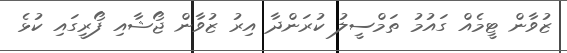
ޒުވާން ޓީމެއް ގައުމު ތަމްސީލު ކުރަންދާ އިރު ޒުވާން ޖޯޝާއި ފޯރީގައި ކުޅެ